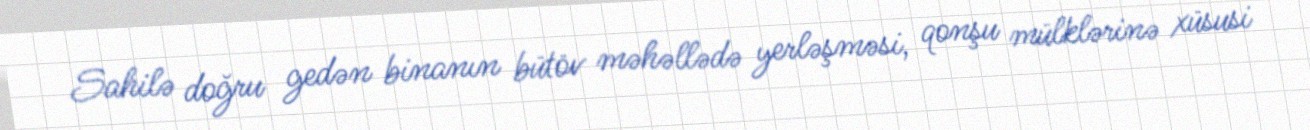
Sahilə doğru gedən binanın bütöv məhəllədə yerləşməsi, qonşu mülklərinə xüsusi